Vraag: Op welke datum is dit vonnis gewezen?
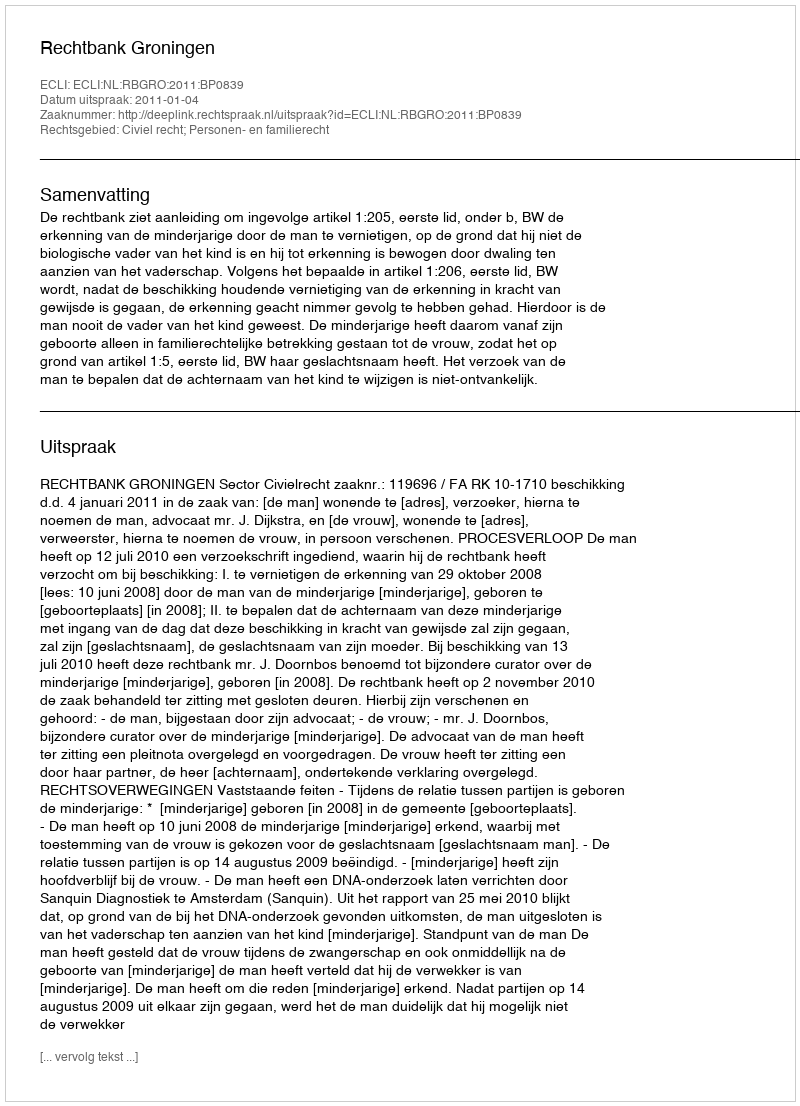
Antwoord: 2011-01-04